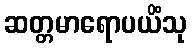
ဆတ္တမာရောပယိံသု